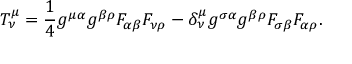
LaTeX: { \cal T } _ { \nu } ^ { \mu } = \frac { 1 } { 4 } g ^ { \mu \alpha } g ^ { \beta \rho } F _ { \alpha \beta } F _ { \nu \rho } - \delta _ { \nu } ^ { \mu } g ^ { \sigma \alpha } g ^ { \beta \rho } F _ { \sigma \beta } F _ { \alpha \rho } .